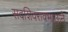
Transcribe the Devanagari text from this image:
सदशिवरावभाऊने